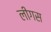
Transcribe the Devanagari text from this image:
लीगस